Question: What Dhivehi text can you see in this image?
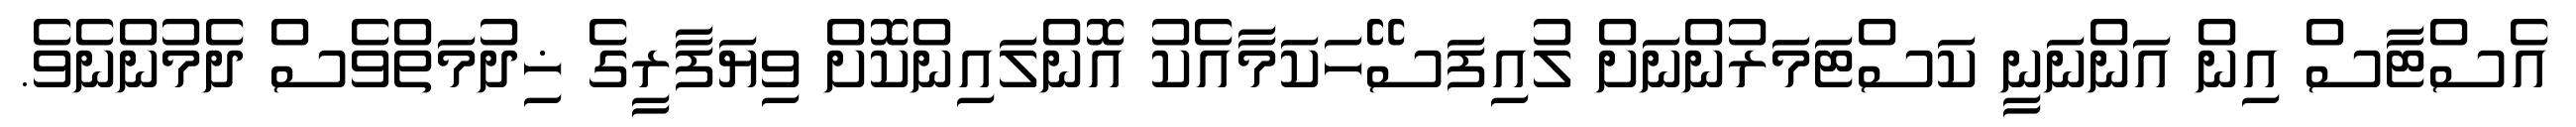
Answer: އެސްޓާސް އިން އަންނަނީ ކަސްޓަމަރުންނަށް ލުއިފަސޭހަކަމާއެކު އޮންލައިންކޮށް ވިޔަފާރީގެ ޚިދުމަތްވެސް ދެމުންނެވެ.